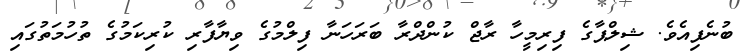
ބުނެފިއެވެ. ޝިލްޕާގެ ފިރިމީހާ ރާޖް ކުންދްރާ ބަރަހަނާ ފިލްމުގެ ވިޔާފާރި ކުރިކަމުގެ ތުހުމަތުގައި